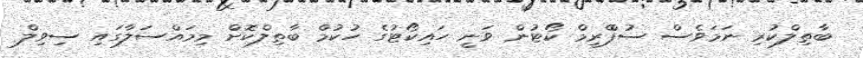
ބާތިލްކުރި ނަމަވެސް ސުޕްްރީމް ކޯޓުން ވަނީ ހައިކޯޓުގެ ހުކުމް ބާތިލްކޮށް މިމައްސަލާގައި ސިވިލް